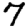
Digit: 7